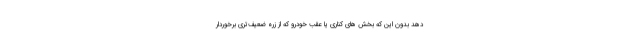
دهد بدون این که بخش های کناری یا عقب خودرو که از زره ضعیف‌تری برخوردار